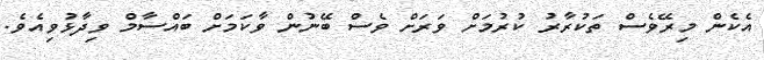
އެކެން މިރޭވެސް ތަކުރާރު ކުރުމަށް ވަރަށް ވެސް ބޭނުން ވާކަމަށް ބައްސާމް ވިދާޅުވިއެވެ.